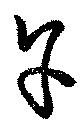
午